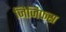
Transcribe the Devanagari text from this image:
जिजिफस